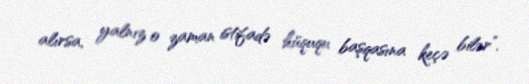
alırsa, yalnız o zaman istifadə hüququ başqasına keçə bilər”.